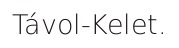
Távol-Kelet.